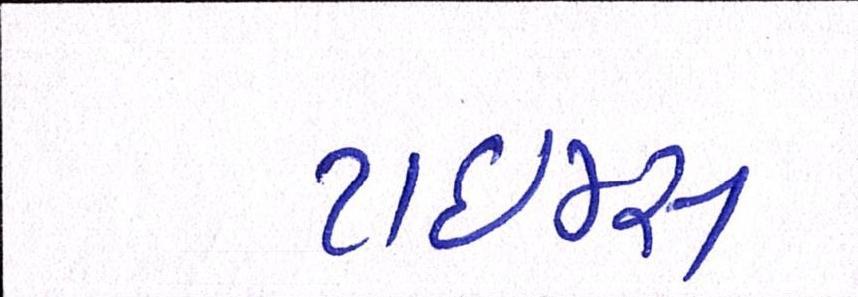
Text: ટાઈમ્સ